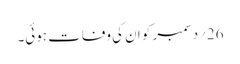
26؍دسمبر کو ان کی وفات ہوئی۔